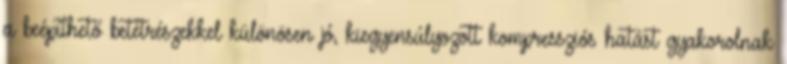
a beépíthető betétrészekkel különösen jó, kiegyensúlyozott kompressziós hatást gyakorolnak